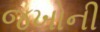
જખોની